Report on horse surra - Volume II, Part I
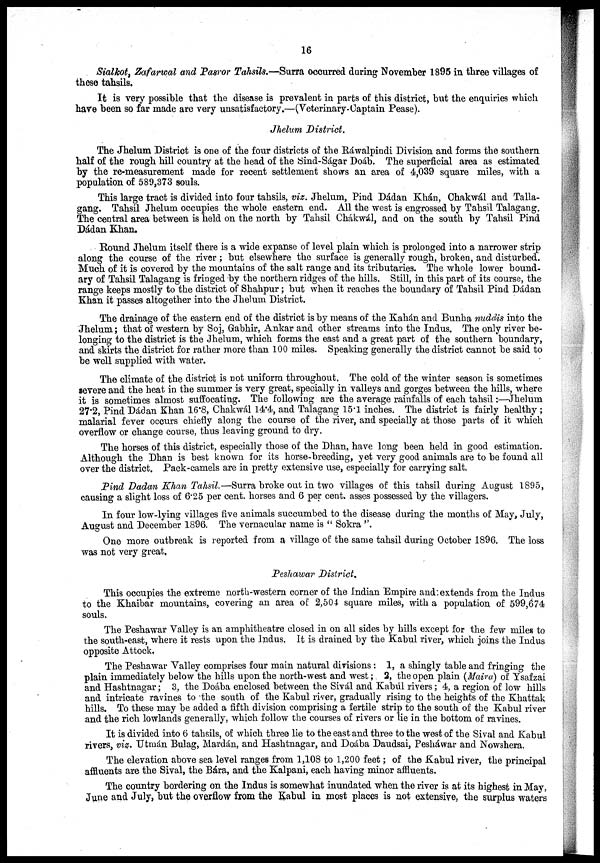
16
Sialkot, Zafarwal and Pasror Tahsils.—Surra occurred during November 1895 in three villages of
these tahsils.
It is very possible that the disease is prevalent in parts of this district, but the enquiries which
have been so far made are very unsatisfactory.—(Veterinary-Captain Pease).
Jhelum District.
The Jhelum District is one of the four districts of the Ráwalpindi Division and forms the southern
half of the rough hill country at the head of the Sind-Ságar Doáb. The superficial area as estimated
by the re-measurement made for recent settlement shows an area of 4,039 square miles, with a
population of 589,373 souls.
This large tract is divided into four tahsils, viz. Jhelum, Pind Dádan Khán, Chakwál and Talla-
gang. Tahsil Jhelum occupies the whole eastern end. All the west is engrossed by Tahsil Talagang.
The central area between is held on the north by Tahsil Chákwál, and on the south by Tahsil Pind
Dádan Khan.
Round Jhelum itself there is a wide expanse of level plain which is prolonged into a narrower strip
along the course of the river ; but elsewhere the surface is generally rough, broken, and disturbed.
Much of it is covered by the mountains of the salt range and its tributaries. The whole lower bound-
ary of Tahsil Talagang is fringed by the northern ridges of the hills. Still, in this part of its course, the
range keeps mostly to the district of Shahpur; but when it reaches the boundary of Tahsil Pind Dádan
Khan it passes altogether into the Jhelum District.
The drainage of the eastern end of the district is by means of the Kahán and Bunha nuddis into the
Jhelum ; that of western by Soj, Gabhir, Ankar and other streams into the Indus. The only river be-
longing to the district is the Jhelum, which forms the east and a great part of the southern boundary,
and skirts the district for rather more than 100 miles. Speaking generally the district cannot be said to
be well supplied with water.
The climate of the district is not uniform throughout. The cold of the winter season is sometimes
severe and the heat in the summer is very great, specially in valleys and gorges between the hills, where
it is sometimes almost suffocating. The following are the average rainfalls of each tahsil :—Jhelum
27.2, Pind Dádan Khan 16.8, Chakwál 14.4, and Talagang 15.1 inches. The district is fairly healthy ;
malarial fever occurs chiefly along the course of the river, and specially at those parts of it which
overflow or change course, thus leaving ground to dry.
The horses of this district, especially those of the Dhan, have long been held in good estimation.
Although the Dhan is best known for its horse-breeding, yet very good animals are to be found all
over the district. Pack-camels are in pretty extensive use, especially for carrying salt.
Pind Dadan Khan Tahsil.—Surra broke out in two villages of this tahsil during August 1895,
causing a slight loss of 6.25 per cent. horses and 6 per cent. asses possessed by the villagers.
In four low-lying villages five animals succumbed to the disease during the months of May, July,
August and December 1896. The vernacular name is " Sokra ".
One more outbreak is reported from a village of the same tahsil during October 1896. The loss
was not very great.
Peshawar District.
This occupies the extreme north-western corner of the Indian Empire and: extends from the Indus
to the Khaibar mountains, covering an area of 2,504 square miles, with a population of 599,674
souls.
The Peshawar Valley is an amphitheatre closed in on all sides by hills except for the few miles to
the south-east, where it rests upon the Indus. It is drained by the Kabul river, which joins the Indus
opposite Attock.
The Peshawar Valley comprises four main natural divisions : 1, a shingly table and fringing the
plain immediately below the hills upon the north-west and west ; 2, the open plain (Maira) of Ysafzai
and Hashtnagar ; 3, the Doába enclosed between the Sivál and Kabul rivers ; 4, a region of low hills
and intricate ravines to the south of the Kabul river, gradually rising to the heights of the Khattak
hills. To these may be added a fifth division comprising a fertile strip to the south of the Kabul river
and the rich lowlands generally, which follow the courses of rivers or lie in the bottom of ravines.
It is divided into 6 tahsils, of which three lie to the east and three to the west of the Sival and Kabul
rivers, viz. Utmán Bulag, Mardán, and Hashtnagar, and Doába Daudsai, Pesháwar and Nowshera.
The elevation above sea level ranges from 1,108 to 1,200 feet ; of the Kabul river, the principal
affluents are the Sival, the Bára, and the Kalpani, each having minor affluents.
The country bordering on the Indus is somewhat inundated when the river is at its highest in May,
June and July, but the overflow from the Kabul in most places is not extensive, the surplus waters